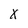
Character: x